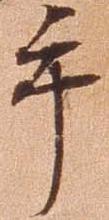
手